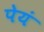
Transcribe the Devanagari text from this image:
पेयं